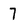
Character: 7